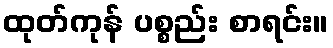
ထုတ်ကုန် ပစ္စည်း စာရင်း။